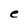
Character: e